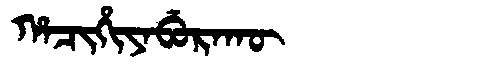
Manchu: ᡥᠠᠴᡳᡥᡳᠶᠠᠪᡠᡵᠠᡴᡡ
Romanization: HACIHIYABURAKŪ